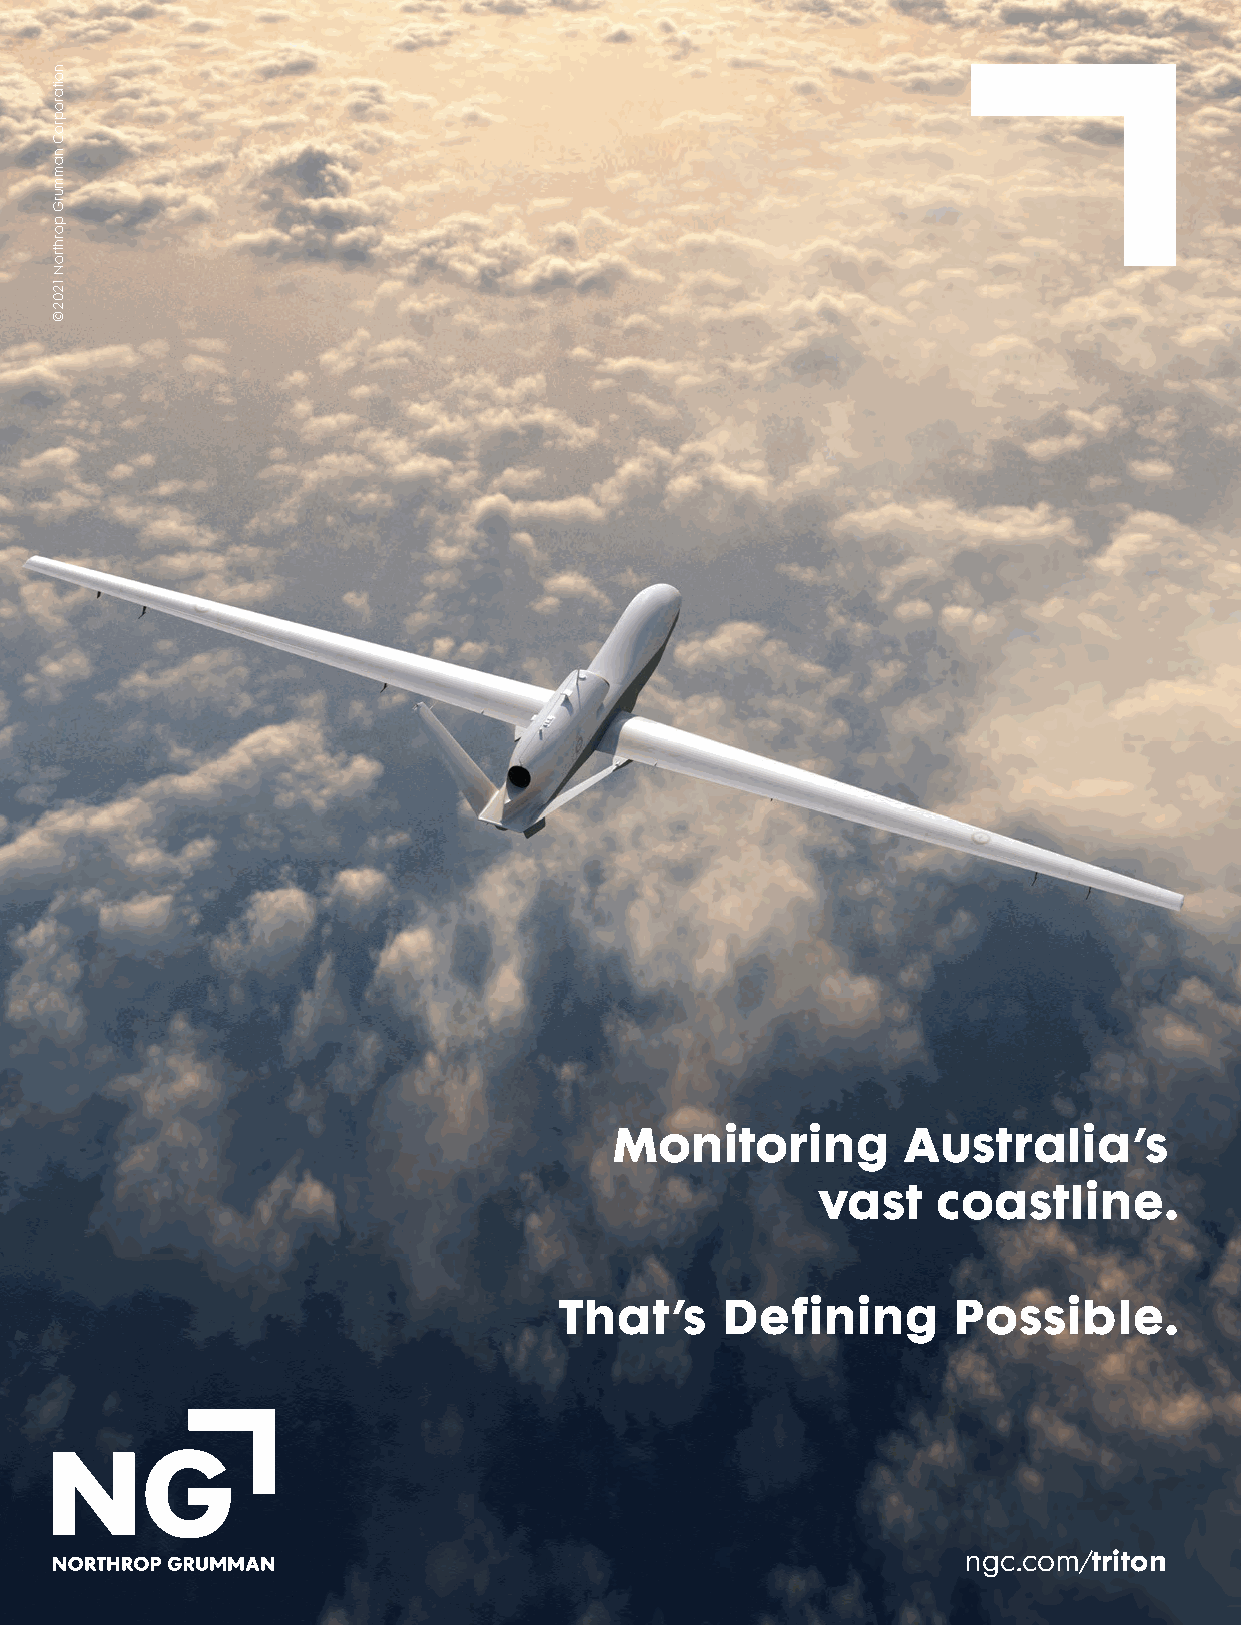
B:220 mm
 T:210 mm
 S:190 mm
 Monitoring         Australia’s
 vast    coastline.
 That’s     Defining       Possible.
 ngc.com/triton
 Project Manager: Evelyn Santana-Ducos
 Document Name: NG-ASH-Z41897-F_v1.indd Element: M-P4CB Current Date: 8-25-2021 10:22 AM
 Studio
 Client: Northrop Grumman Bleed: 220 mm w x 285 mm h Studio Artist: gratta
 Product: INT            Trim: 210 mm w x 275 mm h Proof #: 1   Proofreader
 Creative Tracking: NG-ASH-Z41897 Safety: 190 mm w x 255 mm h Print Scale: None Page 1 of 1
 Print Producer
 Billing Job: NGCINT-O-102707 Gutter: None    InDesign Version: CC 2019
 Title: Triton Australia Color List: None                       Art Director
 Inks: Cyan, Magenta, Yellow, Black
 Creative Director
 Document Path: Mechanicals:Northrop_Grumman:NG-ASH:NG-ASH-Z41897:NG-ASH-Z41897-F_v1.indd Copywriter
 Font Family: Futura Maxi (Light, Book, Bold; OpenType)
 Links: NGASH-41897-001M-v3.tif (Library:Northrop_Grumman:Artwork:NG-ASH:NGASH-41897-001M-v3.tif; 46.48%; 645 ppi; Up to Date), NGCPH-40229-003W-v1.ai (Li- Account 1
 brary:Northrop_Grumman:Logos:NG-CPH:NGCPH-40229-003W-v1.ai; 38.81%; Up to Date), NGCPH-40229-005W-v1.ai (Library:Northrop_Grumman:Logos:NG-CPH:NGCPH-40229-
 Account 2
 005W-v1.ai; 91.98%; Up to Date)
 noitaroproC
 nammurG
 porhtroN
 1202©
 S:255
 mm
 T:275
 mm
 B:285
 mm